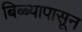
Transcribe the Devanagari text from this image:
बिब्ब्यापासून